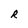
Character: R